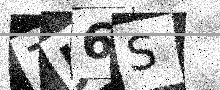
Text: 7J6S